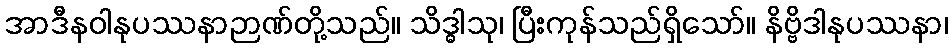
အာဒီနဝါနုပဿနာဉာဏ်တို့သည်။ သိဒ္ဓါသု၊ ပြီးကုန်သည်ရှိသော်။ နိဗ္ဗိဒါနုပဿနာ၊